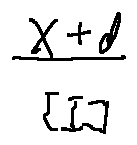
\frac { X + d } { [ I ] }